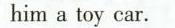
him a toy car.